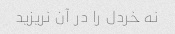
نه خردل را در آن نریزید